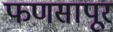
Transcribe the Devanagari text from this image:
फणसापूर